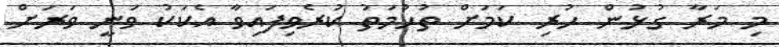
މި މަރާ ގުޅުން ހުރި ކަމަށް ތުހުމަތު ކުރެވިފައިވާ އެކަކު ވަނީ ވަރަށް